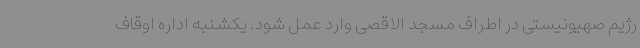
رژیم صهیونیستی در اطراف مسجد الاقصی وارد عمل شود. یکشنبه اداره اوقاف